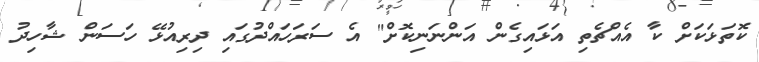
ކޮތަޅަކަށް ކާ އެއްޗެތި އަޅައިގެން އަންނަނިކޮށް" އެ ސަރަހައްދުގައި ދިރިއުޅޭ ހަސަން ޝާހިދު